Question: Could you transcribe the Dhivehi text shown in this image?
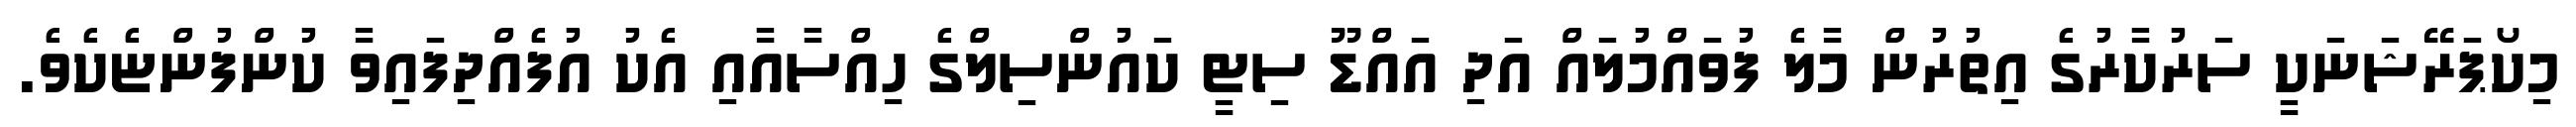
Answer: މިކޯޕަރޭޝަނަކީ ސަރުކާރުގެ އިތުރުން މާލެ ފުވައްމުލައް އަދި އައްޑޫ ސިޓީ ކައުންސިލްގެ ހިއްސާއާއި އެކު އުފެއްދިފައިވާ ކުންފުންޏެކެވެ.